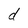
Character: d